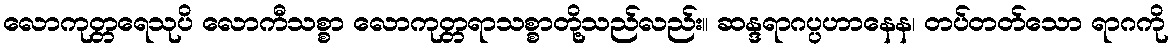
လောကုတ္တရေသုပိ လောကီသစ္စာ လောကုတ္တရာသစ္စာတို့သည်လည်း။ ဆန္ဒရာဂပ္ပဟာနေန၊ တပ်တတ်သော ရာဂကို